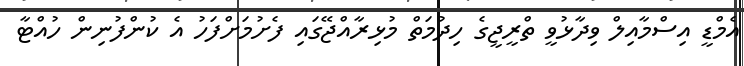
އެމްޑީ އިސްމާއިލް ވިދާޅުވީ ތްރީޖީގެ ހިދުމަތް މުޅިރާއްޖޭގައި ފެށުމަށްފަހު އެ ކުންފުނިން ހުއްޓާ